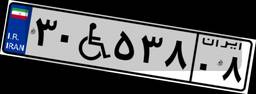
۳۰W۵۳۸۰۸